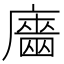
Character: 𢋦